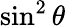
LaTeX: \sin^{2}\theta